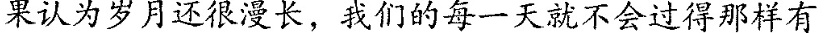
果认为岁月还很没长，我们的每一天就不会过得那样有